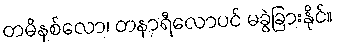
တမိနစ်လော၊ တနာရီလောပင် မခွဲခြားနိုင်။